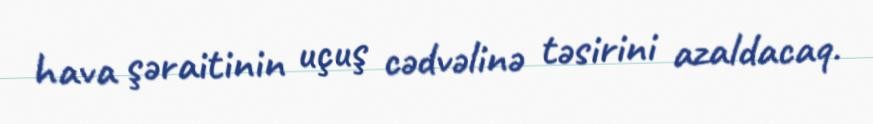
hava şəraitinin uçuş cədvəlinə təsirini azaldacaq.